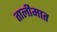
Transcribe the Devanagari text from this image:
तालीमात